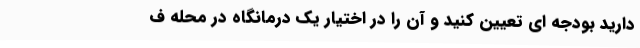
دارید بودجه ای تعیین کنید و آن را در اختیار یک درمانگاه در محله ف